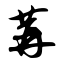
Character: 苒